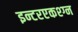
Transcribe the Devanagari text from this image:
इन्टरएकश्ग्न